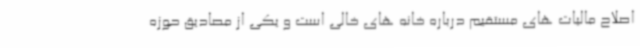
اصلاح مالیات های مستقیم درباره خانه های خالی است و یکی از مصادیق حوزه